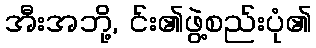
အီးအဘို့, င်း၏ဖွဲ့စည်းပုံ၏